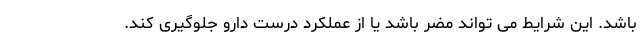
باشد. این شرایط می تواند مضر باشد یا از عملکرد درست دارو جلوگیری کند.